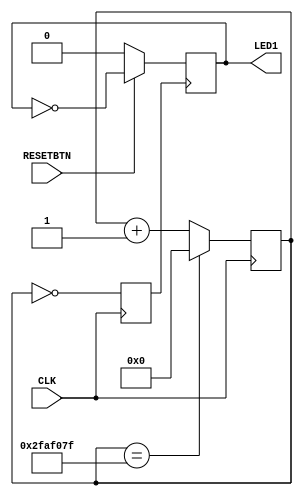
module top (input CLK, input RESETBTN, output LED1);
reg [27:0] counter;
reg clkout;

parameter sys_clk	= 100000000;				        // 100 MHz system clock
parameter clk_out	= 1;						            // 1 MHz clock output
parameter max		  = sys_clk / (2*clk_out);	  // max-counter size

always @(posedge clkout) begin
	if (RESETBTN == 0) begin
		LED1 <= 0;
	end else begin
		LED1 <= ~LED1;
	end
end



always@(posedge CLK) begin
	if (counter == max-1)
	begin
		counter <= 0;
		clkout <= ~clkout;
	end
	else
	begin
		counter <= counter + 1'd1;
	end
	clkout <= (counter == 5'd0);
end

endmodule